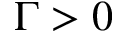
\Gamma > 0